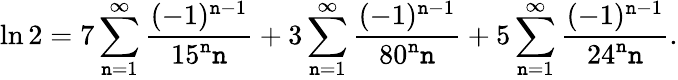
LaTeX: \ln2=7\sum_{\mathtt{n}=1}^{\infty}{\frac{{(-1)^{\mathtt{n}-1}}}{{15^{\mathtt{n}}\mathtt{n}}}}+3\sum_{\mathtt{n}=1}^{\infty}{\frac{{(-1)^{\mathtt{n}-1}}}{{80^{\mathtt{n}}\mathtt{n}}}}+5\sum_{\mathtt{n}=1}^{\infty}{\frac{{(-1)^{\mathtt{n}-1}}}{{24^{\mathtt{n}}\mathtt{n}}}}.